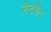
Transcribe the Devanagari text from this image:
नेटकैट